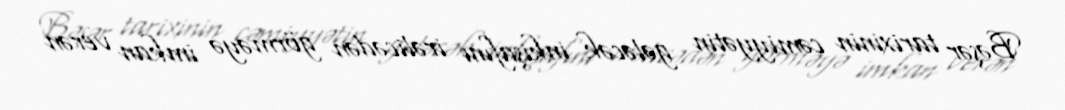
Bəşər tarixinin cəmiyyətin gələcək inkişafını irəlicədən görməyə imkan verən